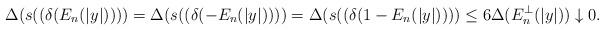
LaTeX: \begin{align*}\Delta(s((\delta(E_n(|y|))))=\Delta(s((\delta(-E_n(|y|))))=\Delta(s((\delta(1-E_n(|y|))))\leq6\Delta(E_n^\bot(|y|))\downarrow0.\end{align*}